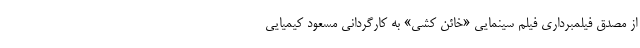
از مصدق فیلمبرداری فیلم سینمایی «خائن کشی» به کارگردانی مسعود کیمیایی